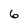
Character: 6